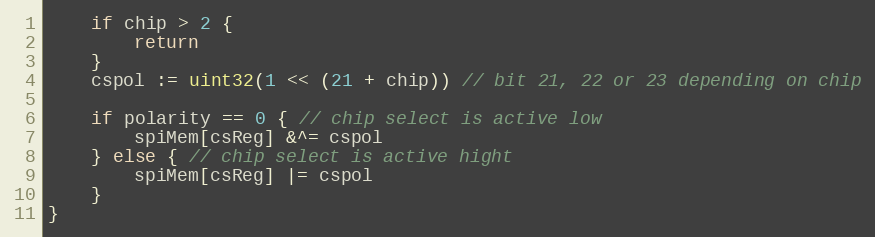
Language: Go
	if chip > 2 {
		return
	}
	cspol := uint32(1 << (21 + chip)) // bit 21, 22 or 23 depending on chip

	if polarity == 0 { // chip select is active low
		spiMem[csReg] &^= cspol
	} else { // chip select is active hight
		spiMem[csReg] |= cspol
	}
}